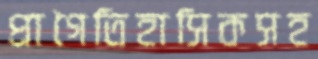
প্রাগৈতিহাসিকসহ